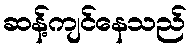
ဆန့်ကျင်နေသည်